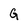
Character: G